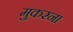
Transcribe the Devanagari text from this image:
मुकरना